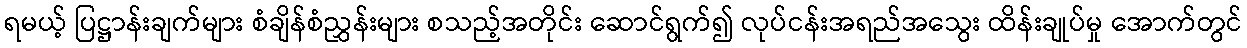
ရမယ့် ပြဋ္ဌာန်းချက်များ စံချိန်စံညွှန်းများ စသည့်အတိုင်း ဆောင်ရွက်၍ လုပ်ငန်းအရည်အသွေး ထိန်းချုပ်မှု အောက်တွင်